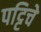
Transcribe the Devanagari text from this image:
पट्टिचे